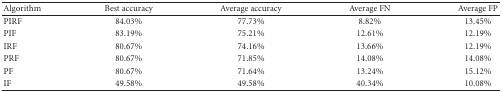
<table><thead><tr><td><b>Algorithm</b></td><td><b>Best accuracy</b></td><td><b>Average accuracy</b></td><td><b>Average FN</b></td><td><b>Average FP</b></td></tr></thead><tbody><tr><td>PIRF</td><td>84.03%</td><td>77.73%</td><td>8.82%</td><td>13.45%</td></tr><tr><td>PIF</td><td>83.19%</td><td>75.21%</td><td>12.61%</td><td>12.19%</td></tr><tr><td>IRF</td><td>80.67%</td><td>74.16%</td><td>13.66%</td><td>12.19%</td></tr><tr><td>PRF</td><td>80.67%</td><td>71.85%</td><td>14.08%</td><td>14.08%</td></tr><tr><td>PF</td><td>80.67%</td><td>71.64%</td><td>13.24%</td><td>15.12%</td></tr><tr><td>IF</td><td>49.58%</td><td>49.58%</td><td>40.34%</td><td>10.08%</td></tr></tbody></table>